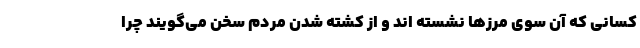
کسانی که آن سوی مرزها نشسته اند و از کشته شدن مردم سخن می‌گویند چرا